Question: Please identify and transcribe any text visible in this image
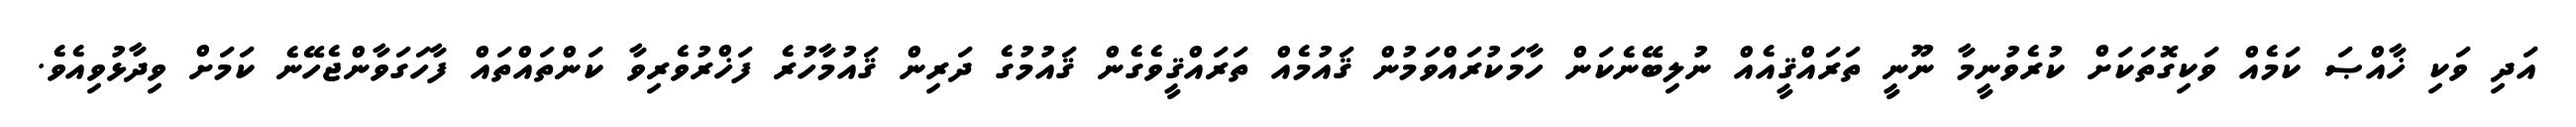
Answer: އަދި ވަކި ޚާއްޞަ ކަމެއް ވަކިގޮތަކަށް ކުރެވުނީމާ ނޫނީ ތަރައްޤީއެއް ނުލިބޭނެކަން ހާމަކުރައްވަމުން ޤައުމެއް ތަރައްޤީވެގެން ޤައުމުގެ ދަރިން ޤައުމާހުރެ ފަޚްރުވެރިވާ ކަންތައްތައް ފާހަގަވާންޖެހޭނެ ކަމަށް ވިދާޅުވިއެވެ.